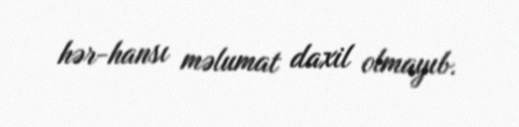
hər-hansı məlumat daxil olmayıb.